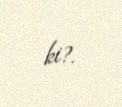
ki?.